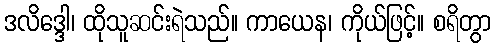
ဒလိဒ္ဒေါ၊ ထိုသူဆင်းရဲသည်။ ကာယေန၊ ကိုယ်ဖြင့်။ စရိတွာ